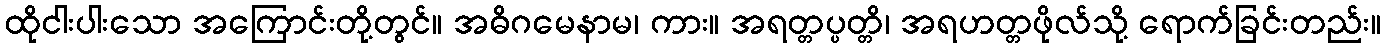
ထိုငါးပါးသော အကြောင်းတို့တွင်။ အဓိဂမေနာမ၊ ကား။ အရတ္တပ္ပတ္တိ၊ အရဟတ္တဖိုလ်သို့ ရောက်ခြင်းတည်း။